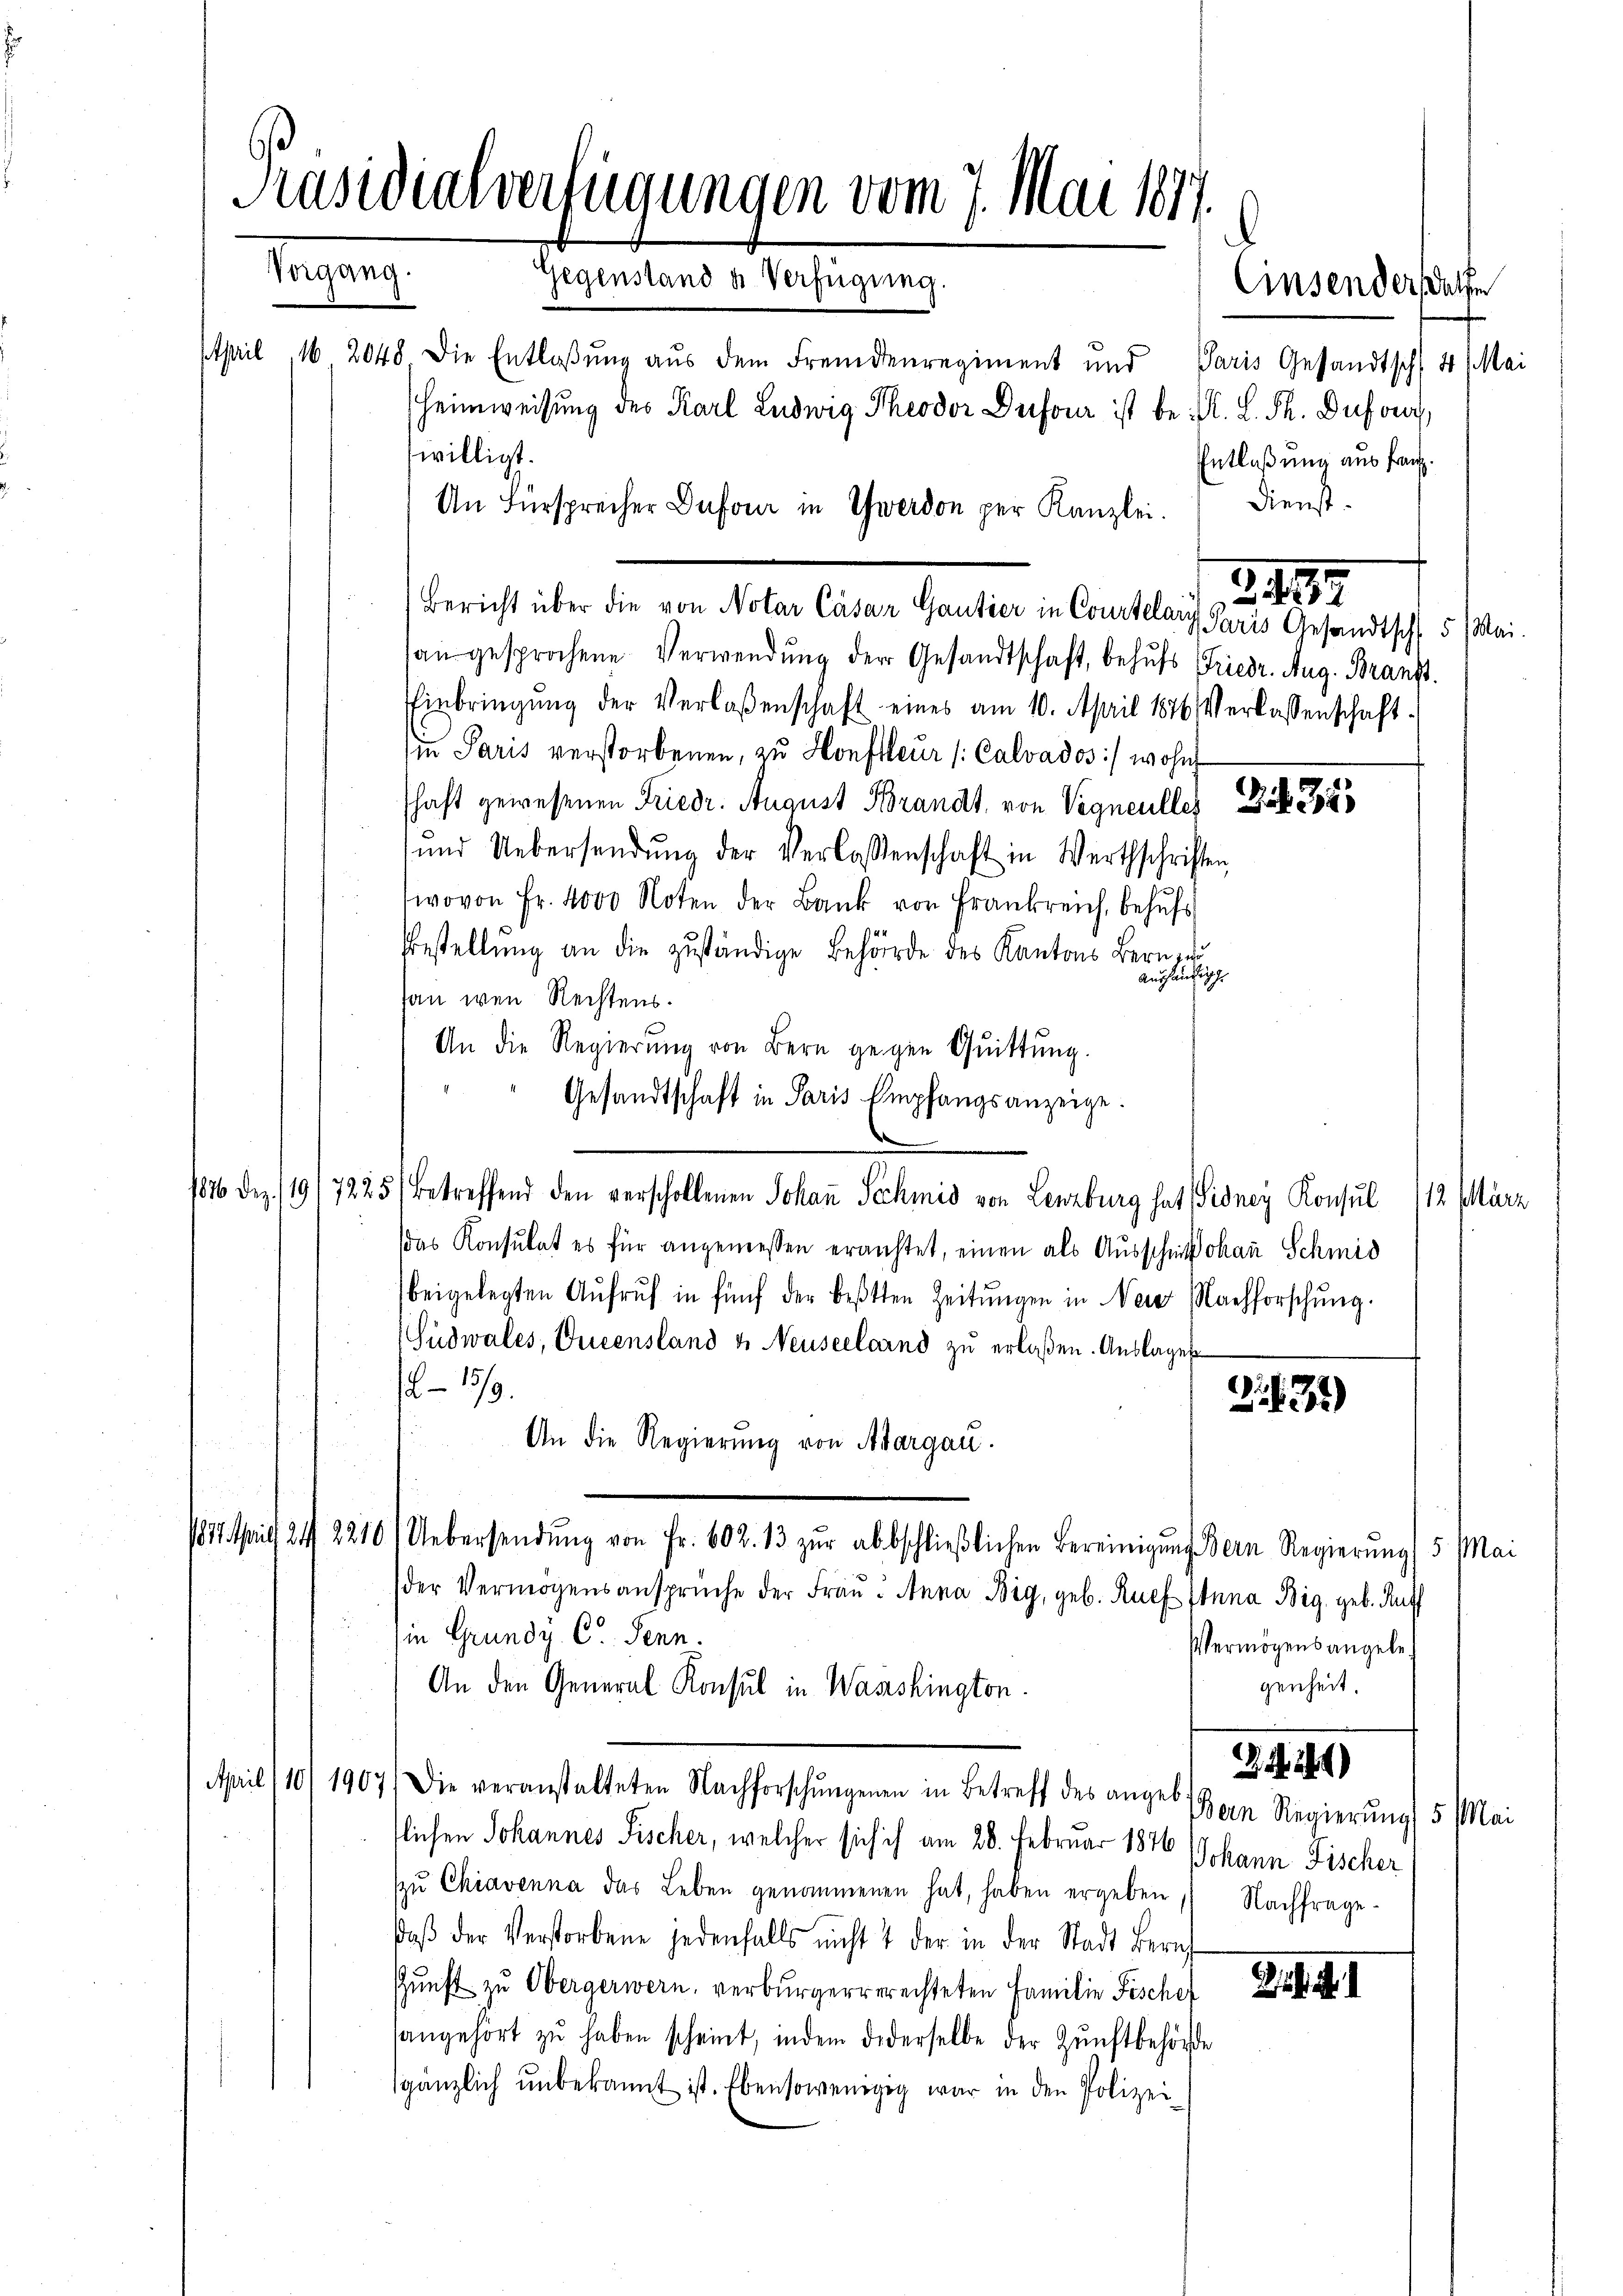
Präsidialverfügungen vom 7. Mai 1877.
Vorgang. Gegenstand u. Verfügung.
Cinsendersatze

Paris Gesandtsch, 4 Mai
Heimweisung des Karl Ludwig Theodor Dufour ist bei A. L. St. Dufor
An Fürsprecher Dufour in Gwerden per Kanzlei. Dienstaŭ gesprochene Verwendŭng der Gesandtschaft, behŭfs Friedr. Aug. Branft.
Einbringŭng der Verlaßenschaft eines am 10. April 1876. Verlassenschaft.
sie Paris verstorbenen, zu Honffleur /Calvados :/ wohnt
schaft gewesenen Friedr. August Brandt, von Vigneulles Gr. 338
und Uebersendŭng der Verlassenschaft in Werthschriften
wovon Fr. 4000 Noten der Bank von Frankreich, behŭfs
Bestellung an die zuständige Behörde des Kantons Bern, un
Aushäufige
han wenn Rechtens.
An die Regierŭng von Bern gegen Qŭittŭng.
Gesandtschaft in Paris Empfangsanzeige.
1826 Dez. 119/7225 betreffend den verschollenen Johaṅ Schmid von Lenzburg hat Pidney Konsul 112. März
das Konsulat es für angemessen erachtet, einen als Ausschulohaṅ Schmid
beigelegten Aŭfrŭf in fünf der besten Zeitŭngen in Nei Nachforschung.
Südwales, Queensland & Neuseelarnd zu erlaßen. Auslagen
6-15/9.
235
An die Regierŭng von Aargau.
1811 sprich 24 2210. Uebersendŭng von Fr. 602. 13 zŭr abbschlieβlichen Bereinigŭng dern Regierŭng, 5 Mai
der Vermögensansprüche der Frau: Anna Big, geb. Ruef Itnna Big, geb. Rut
in Grundy C. Senn.
Vermögensangele
genheit.
An den General Konsul in Wassshington.
Z 1284)
April 1101 1907) Die veranstalteten Nachforschŭngenen in Betreff des angeb.
Bern Regierung 5 Mai
flichen Johannes Fischer, welcher sich ich am 28. Februar 1876 Johann Fischer
zŭ Chiavenna das Leben genommenen hat, haben ergeben Nachfrage
daβ der Verstorbene jedenfalls nicht & der in der Stadt Beruf
ŭnft zŭ Obergerwern verbürgergerechteten Familie Fischef
sangehört zu haben scheint, indem dederselbe der Zunftbehörde
gänzlich unbekannt ist. Ebensowenigig war in den Polizei¬

April, 16 2048. Die Entlaßung aus dem Fremdenregiment und
swilligt.

Bericht über die von Notar Cäsar Gantier in Courtelary Paris Gesandtschl 5 Mai.

Entlaßung aus franz.

2.439